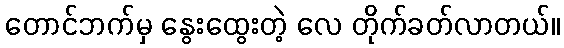
တောင်ဘက်မှ နွေးထွေးတဲ့ လေ တိုက်ခတ်လာတယ်။